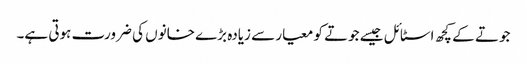
جوتے کے کچھ اسٹائل جیسے جوتے کو معیار سے زیادہ بڑے خانوں کی ضرورت ہوتی ہے۔